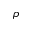
\rho